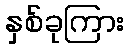
နှစ်ခုကြား